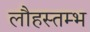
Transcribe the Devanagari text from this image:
लौहस्तम्भ